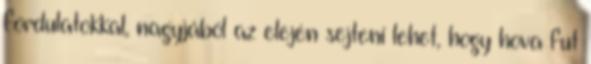
fordulatokkal, nagyjából az elején sejteni lehet, hogy hova fut